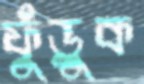
ফুঁড়ুক